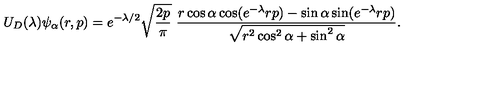
U _ { D } ( \lambda ) \psi _ { \alpha } ( r , p ) = e ^ { - \lambda / 2 } \sqrt { \frac { 2 p } { \pi } } \ \frac { r \cos \alpha \cos ( e ^ { - \lambda } r p ) - \sin \alpha \sin ( e ^ { - \lambda } r p ) } { \sqrt { r ^ { 2 } \cos ^ { 2 } \alpha + \sin ^ { 2 } \alpha } } .